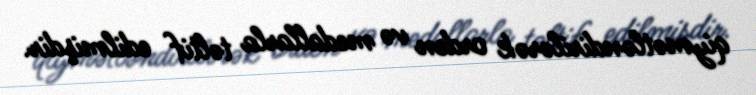
qiymətləndirilərək orden və medallarla təltif edilmişdir.